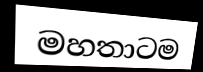
මහතාටම